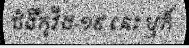
ជំងឺកូវីដ-១៩ នេះ ឬក៏